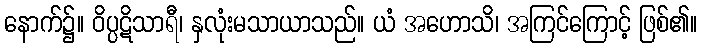
နောက်၌။ ဝိပ္ပဋိသာရီ၊ နှလုံးမသာယာသည်။ ယံ အဟောသိ၊ အကြင်ကြောင့် ဖြစ်၏။